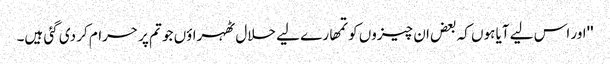
''اور اس لیے آیا ہوں کہ بعض ان چیزوں کو تمھارے لیے حلال ٹھہراؤں جو تم پر حرام کر دی گئی ہیں۔